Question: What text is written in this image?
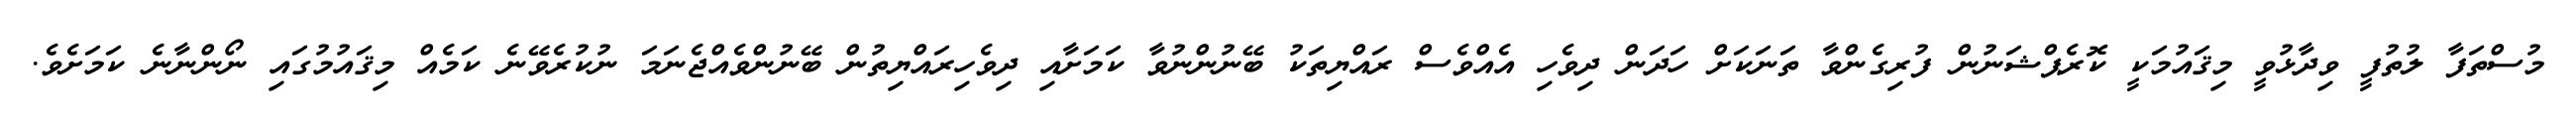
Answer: މުސްތަފާ ލުތުފީ ވިދާޅުވީ މިޤައުމަކީ ކޮރެޕްޝަނުން ފުރިގެންވާ ތަނަކަށް ހަދަން ދިވެހި އެއްވެސް ރައްޔިތަކު ބޭނުންނުވާ ކަމަށާއި ދިވެހިރައްޔިތުން ބޭނުންވެއްޖެނަމަ ނުކުރެވޭނެ ކަމެއް މިޤައުމުގައި ނޯންނާނެ ކަމަށެވެ.